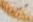
حسنا